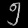
Digit: ၅